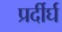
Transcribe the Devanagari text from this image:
प्रर्दीर्घ